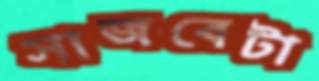
সাজবেটা